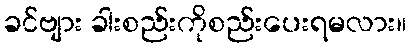
ခင်ဗျား ခါးစည်းကိုစည်းပေးရမလား။